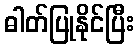
ဓါတ်ပြုနိုင်ပြီး